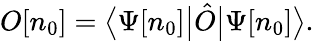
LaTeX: O[n_{0}]={\big\langle}\Psi[n_{0}]{\big|}{\hat{O}}{\big|}\Psi[n_{0}]{\big\rangle}.